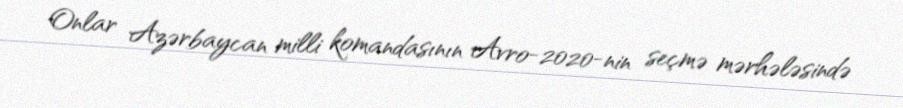
Onlar Azərbaycan milli komandasının Avro-2020-nin seçmə mərhələsində